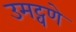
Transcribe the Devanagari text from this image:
उमट्वणे